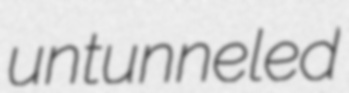
untunneled